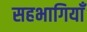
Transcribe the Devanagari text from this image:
सहभागियाँ